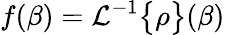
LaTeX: f(\beta)=\mathcal{L}^{-1}\big\{ \rho\big\} (\beta)